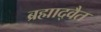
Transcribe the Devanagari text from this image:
ब्रह्माद्वैत